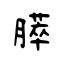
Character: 膵